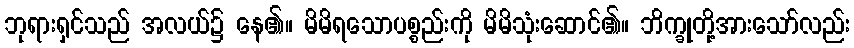
ဘုရားရှင်သည် အလယ်၌ နေ၏။ မိမိရသောပစ္စည်းကို မိမိသုံးဆောင်၏။ ဘိက္ခုတို့အားသော်လည်း